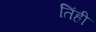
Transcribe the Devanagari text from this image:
तिंही